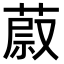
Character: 𦵥